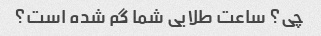
چی؟ ساعت طلایی شما گم شده است؟